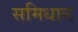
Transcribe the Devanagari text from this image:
समिधान